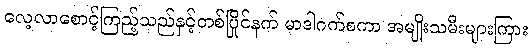
လေ့လာစောင့်ကြည့်သည်နှင့်တစ်ပြိုင်နက် မာဒါဂက်စကာ အမျိုးသမီးများကြား